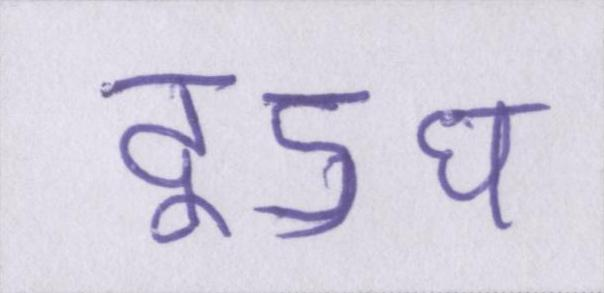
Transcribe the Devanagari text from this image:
दूऽध